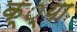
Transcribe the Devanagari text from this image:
क््या